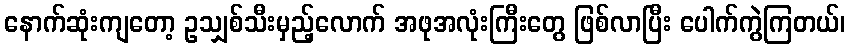
နောက်ဆုံးကျတော့ ဥသျှစ်သီးမှည့်လောက် အဖုအလုံးကြီးတွေ ဖြစ်လာပြီး ပေါက်ကွဲကြတယ်၊